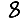
Digit: 8